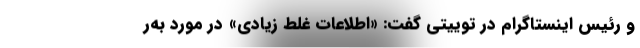
و رئیس اینستاگرام در توییتی گفت: «اطلاعات غلط زیادی» در مورد به‌ر